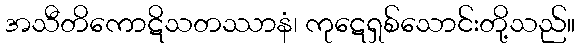
အသီတိကောဋိသတဿာနံ၊ ကုဋေရှစ်သောင်းတို့သည်။